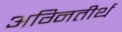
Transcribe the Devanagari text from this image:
अग्‍नितीर्थ